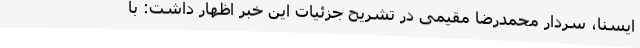
ایسنا، سردار محمدرضا مقیمی در تشریح جزئیات این خبر اظهار داشت: با